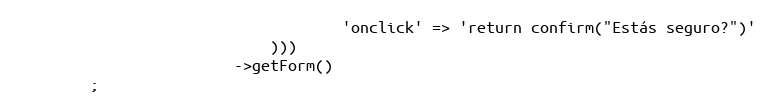
Language: PHP
                                    'onclick' => 'return confirm("Estás seguro?")'
                            )))
                        ->getForm()
        ;